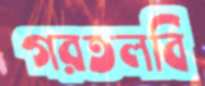
গরতলবি